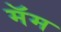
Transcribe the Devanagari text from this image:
मॅम